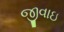
જીવાઇ